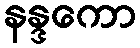
နန္ဒကော